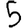
Digit: 5